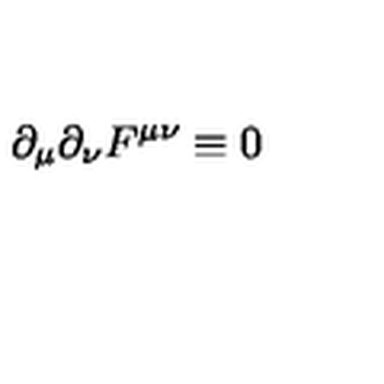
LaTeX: \partial _ { \mu } \partial _ { \nu } F ^ { \mu \nu } \equiv 0